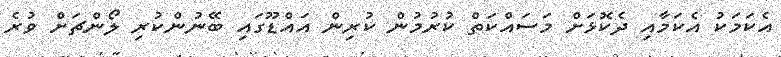
އެކަމަކު އެކަމާއި ދެކޮޅަށް މަސައްކަތް ކުރުމުން ކުރިން އައްޑޫގައި ބޭނުންކުރި ލޯންޗަށް ވުރެ